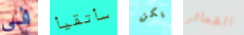
فى سأتقيأ يكن الشعائر